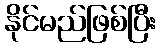
နိုင်မည်ဖြစ်ပြီး